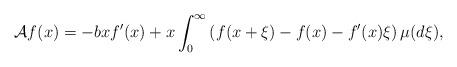
LaTeX: \begin{align*} \mathcal{A}f(x) = - b x f'(x) + x \int_0^\infty \left(f(x + \xi) - f(x) - f'(x)\xi\right)\mu(d\xi), \end{align*}